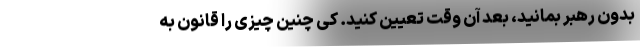
بدون رهبر بمانید، بعد آن وقت تعیین کنید. کِی چنین چیزی را قانون به